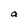
Character: a